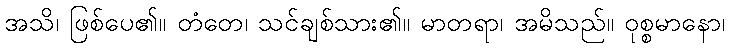
အသိ၊ ဖြစ်ပေ၏။ တံတေ၊ သင်ချစ်သား၏။ မာတရာ၊ အမိသည်။ ဝုစ္စမာနော၊